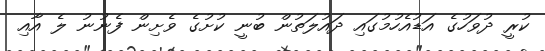
ކުރީ ދުވަހުގެ އަޑުއެހުމުގައި ދައުލަތުން ބުނީ ކުށުގެ ވެށިން ފެނުނު ލެ އާއި